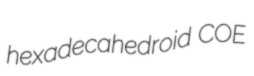
hexadecahedroid COE